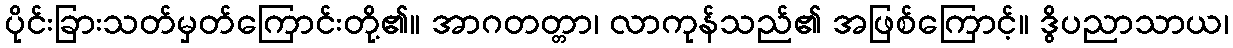
ပိုင်းခြားသတ်မှတ်ကြောင်းတို့၏။ အာဂတတ္တာ၊ လာကုန်သည်၏ အဖြစ်ကြောင့်။ ဒွိပညာသာယ၊